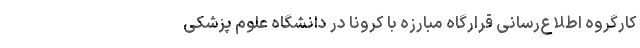
کارگروه اطلاع‌رسانی قرارگاه مبارزه با کرونا در دانشگاه علوم پزشکی